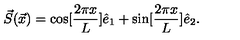
\vec { S } ( \vec { x } ) = \cos [ \frac { 2 \pi x } { L } ] \hat { e } _ { 1 } + \sin [ \frac { 2 \pi x } { L } ] \hat { e } _ { 2 } .